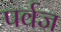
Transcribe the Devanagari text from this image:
पर्वज